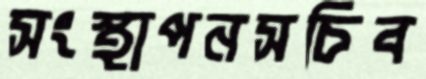
সংস্থাপনসচিব